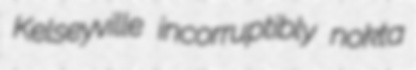
Kelseyville incorruptibly nokta